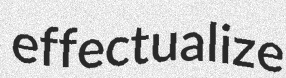
effectualize